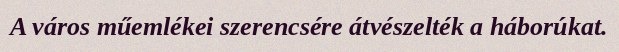
A város műemlékei szerencsére átvészelték a háborúkat.